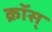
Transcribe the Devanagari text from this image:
क्रॉस्